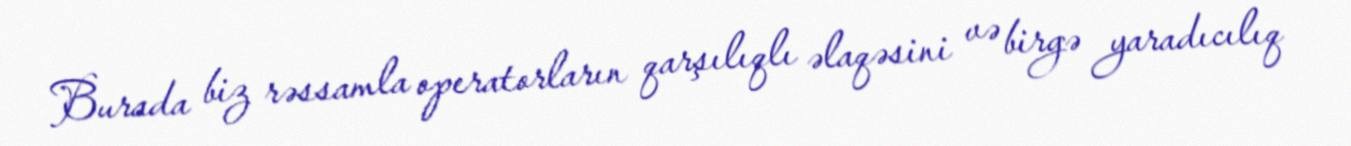
Burada biz rəssamla operatorların qarşılıqlı əlaqəsini və birgə yaradıcılıq